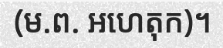
(ម.ព. អហេតុក)។